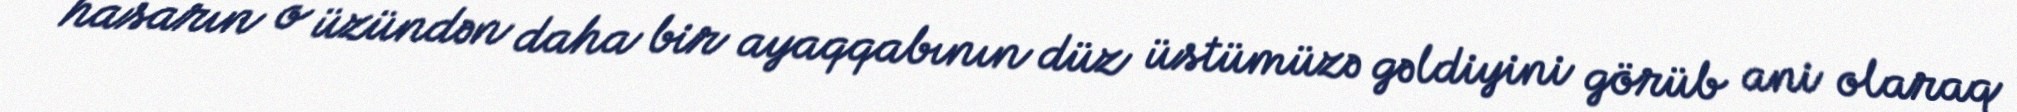
hasarın o üzündən daha bir ayaqqabının düz üstümüzə gəldiyini görüb ani olaraq